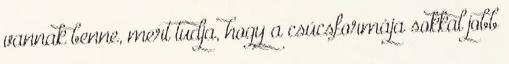
vannak benne, mert tudja, hogy a csúcsformája sokkal jobb